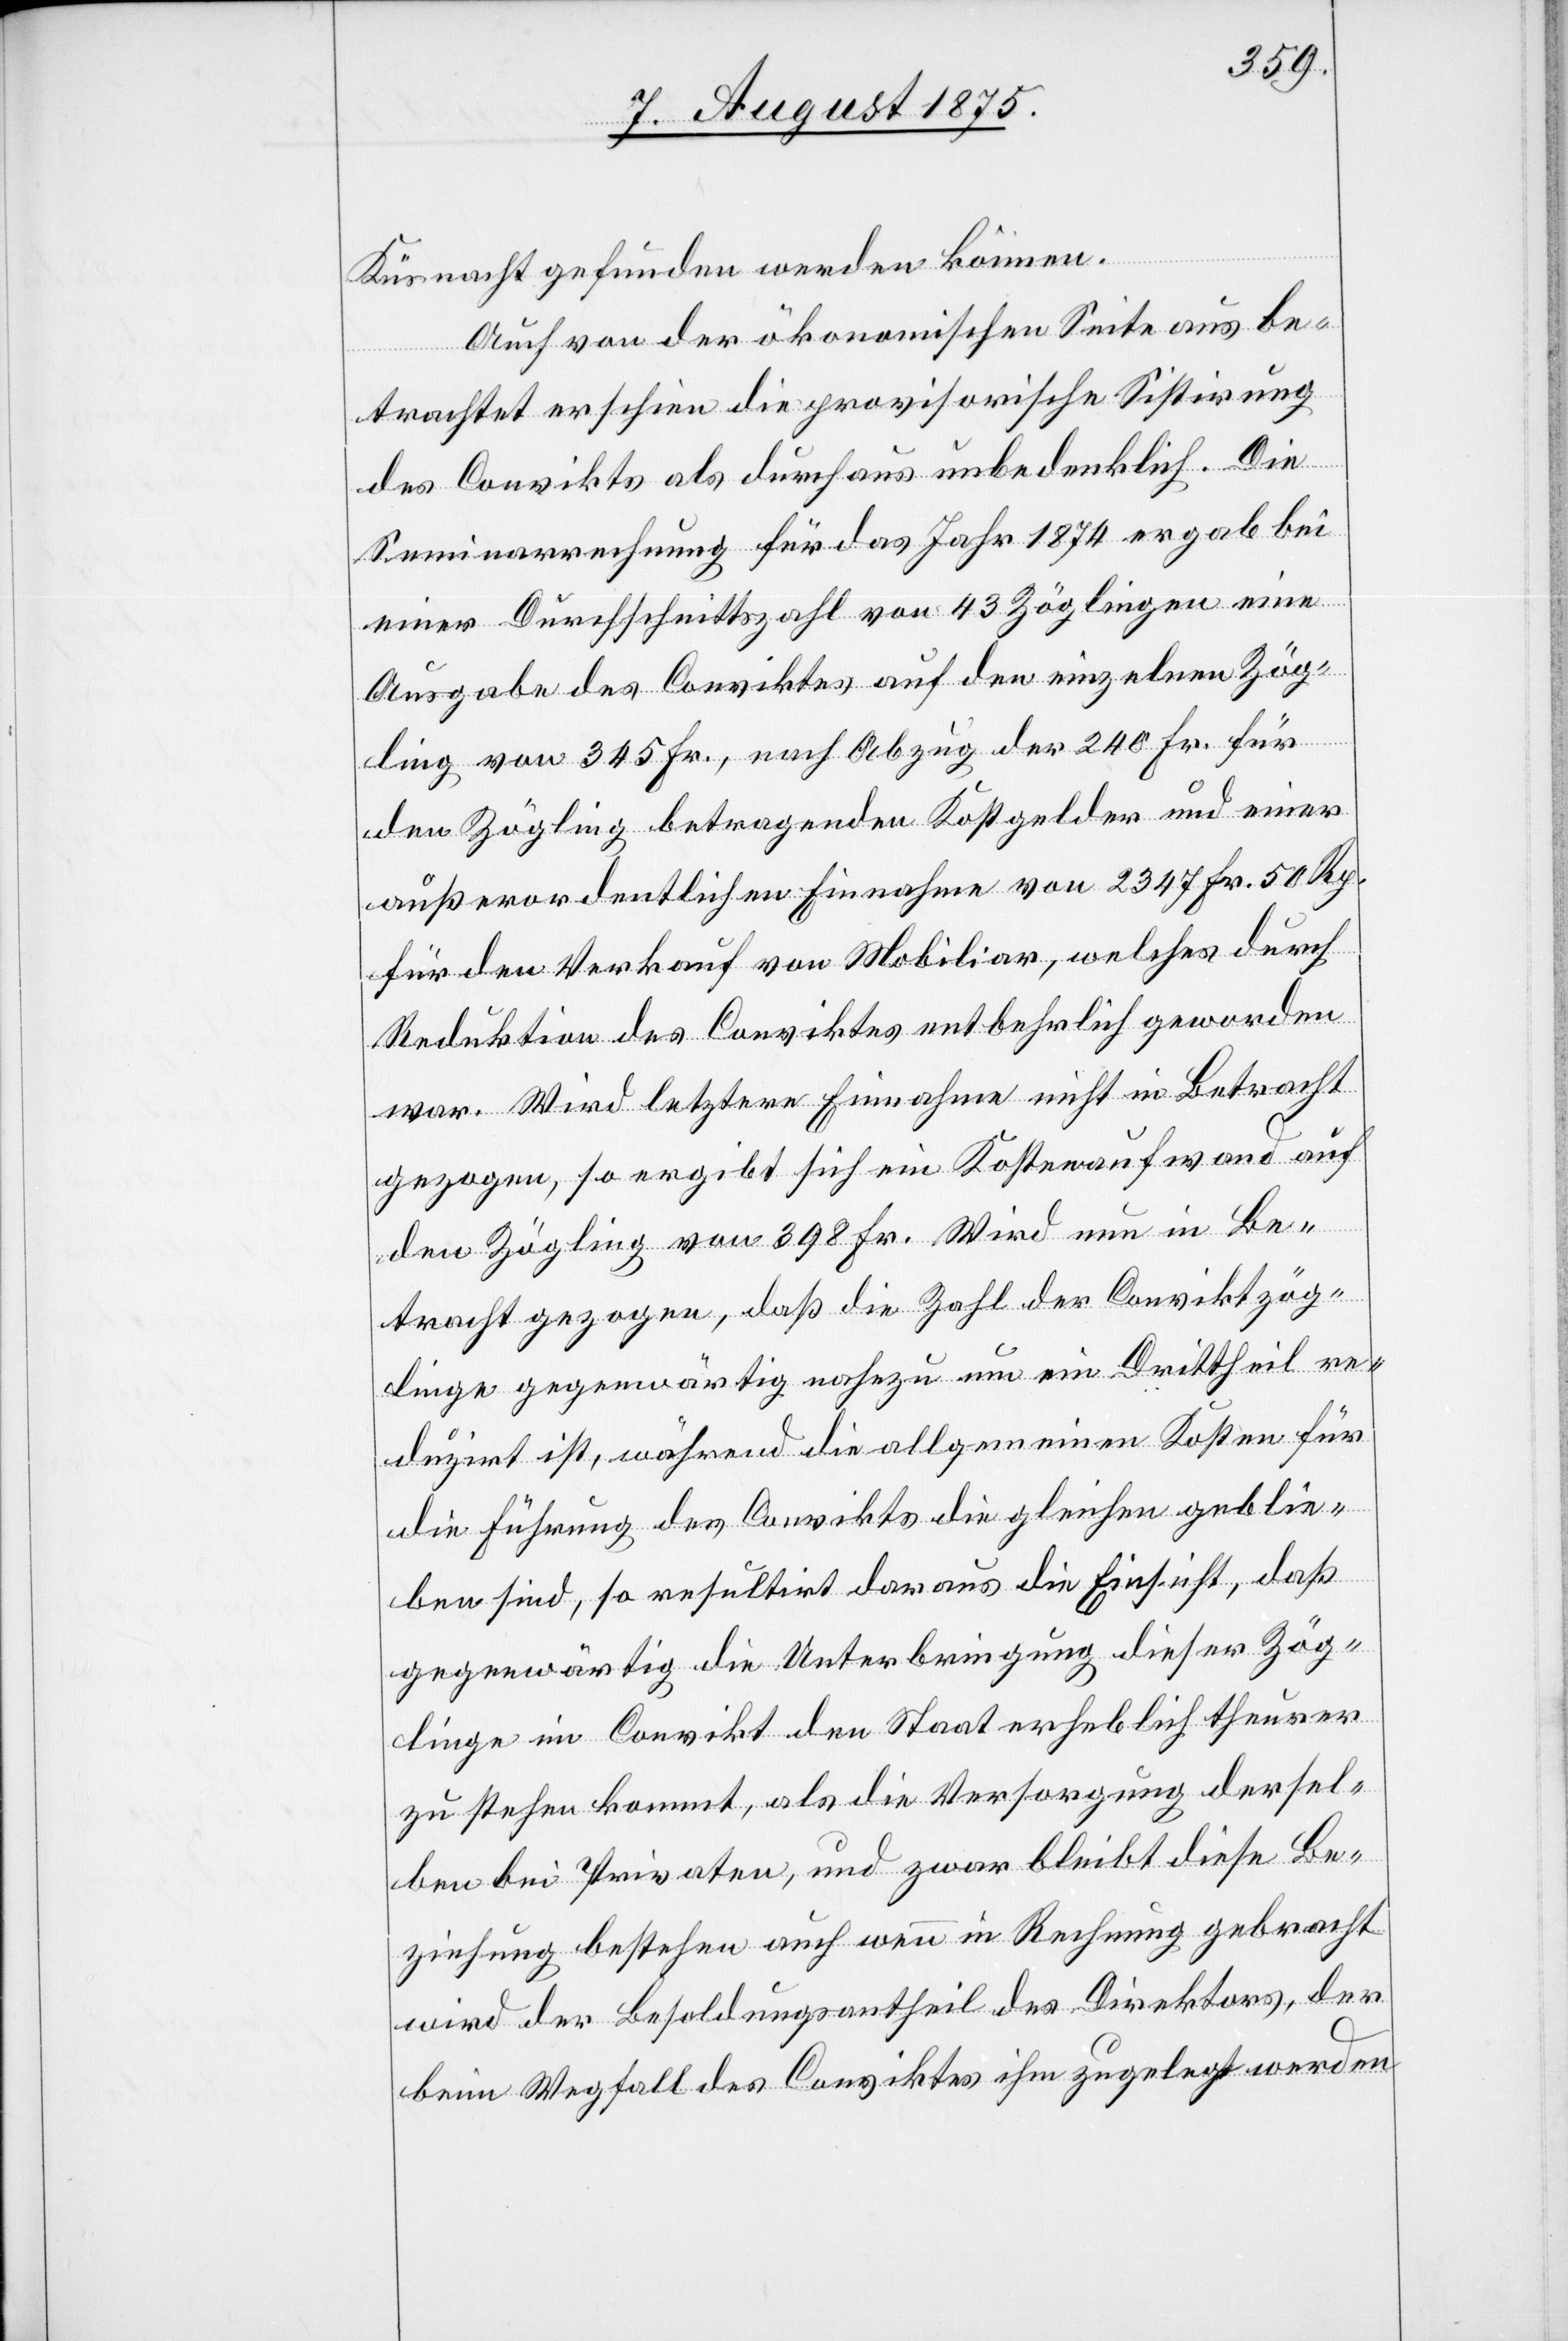
linge
Küsnacht gefunden werden können.
Auch von der ökonomischen Seite aus be¬
trachtet erschien die provisorische Sistirung
des Convikts als durchaus unbedenklich. Die
Seminarrechnung für das Jahr 1874 ergab bei
einer Durchschnittszahl von 43 Zöglingen eine
den Zögling betragenden Kostgelder und einer
außerordentlichen Einnahme von 2347 Fr. 50 Rp.
für den Verkauf von Mobiliar, welches durch
Reduktion des Conviktes entbehrlich geworden
war. Wird letztere Einnahme nicht in Betracht
gezogen, so ergibt sich ein Kostenaufwand und
den Zögling von 398 Fr. Wird nun in Be¬
tracht gezogen, daß die Zahl der Conviktzög¬
gegenwärtig die Unterbringung dieser Zög¬
linge im Convikt den Staat erheblich theurer
zu stehen kommt, als die Versorgung dersel¬
ben bei Privaten, und zwar bleibt diese Be¬
ziehung bestehen auch wenn in Rechnung gebracht
wird, der Besoldungsantheil des Direktors, der
beim Wegfall des Conviktes ihm zugelegt werden